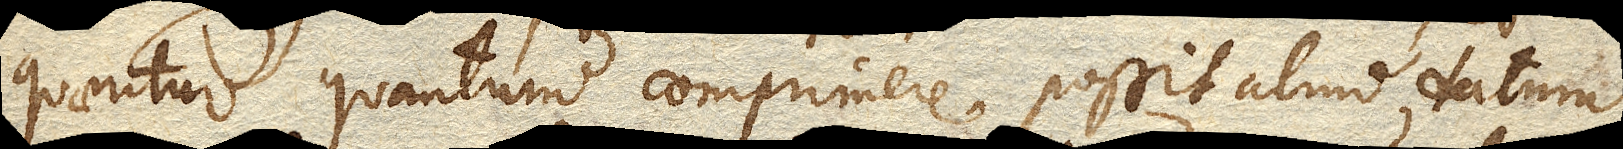
quaeritur quantum comprimere possit aliud datum